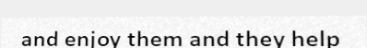
and enjoy them and they help